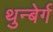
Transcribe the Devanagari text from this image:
थुन्बेर्ग